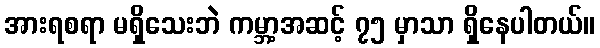
အားရစရာ မရှိသေးဘဲ ကမ္ဘာ့အဆင့် ၇၅ မှာသာ ရှိနေပါတယ်။